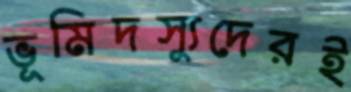
ভূমিদস্যুদেরই